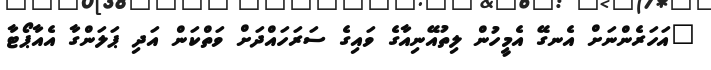
"އަހަރެންނަށް އެނގޭ އެމީހުން ލިތުއޭނިއާގެ ވައިގެ ސަރަހައްދަށް ވަތްކަން އަދި ޕަލަންގާ އެއާޕޯޓާ